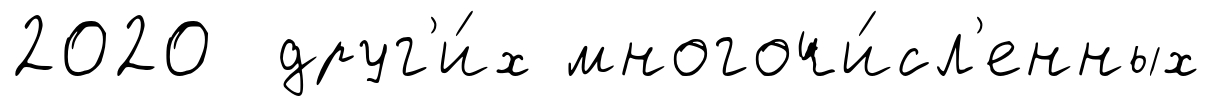
2020 друг'и́х многочи́сл'енных